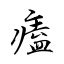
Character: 𤸱